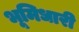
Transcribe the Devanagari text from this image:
भूमिधारी